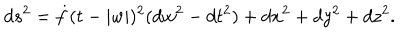
LaTeX: d s ^ { 2 } = \dot { f } ( t - | w | ) ^ { 2 } ( d w ^ { 2 } - d t ^ { 2 } ) + d x ^ { 2 } + d y ^ { 2 } + d z ^ { 2 } .